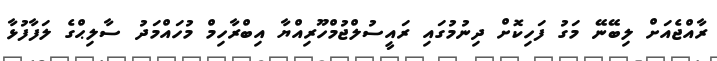
ރާއްޖެއަށް ލިބޭނޭ މަގު ފަހިކޮށް ދިނުމުގައި ރައީސުލްޖުމްހޫރިއްޔާ އިބްރާހިމް މުހައްމަދު ސާލިޙްގެ ލަފާފުޅާ